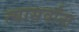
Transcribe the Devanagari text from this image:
त्यासर्वांना